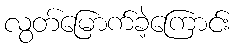
လွတ်မြောက်ခဲ့ကြောင်း